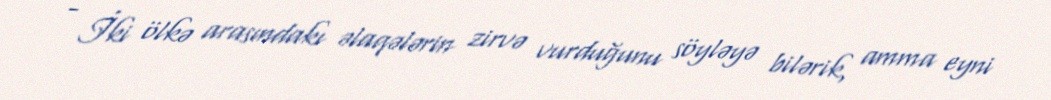
- İki ölkə arasındakı əlaqələrin zirvə vurduğunu söyləyə bilərik, amma eyni